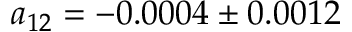
a _ { 1 2 } = - 0 . 0 0 0 4 \pm 0 . 0 0 1 2